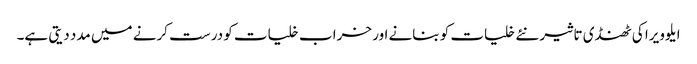
ا یلوویرا کی ٹھنڈی تاثیر نئے خلیات کو بنانے اور خراب خلیات کو درست کرنے میں مدد دیتی ہے۔